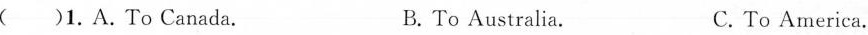
( )1.A.To Canada. B. To Australia. C. To America.